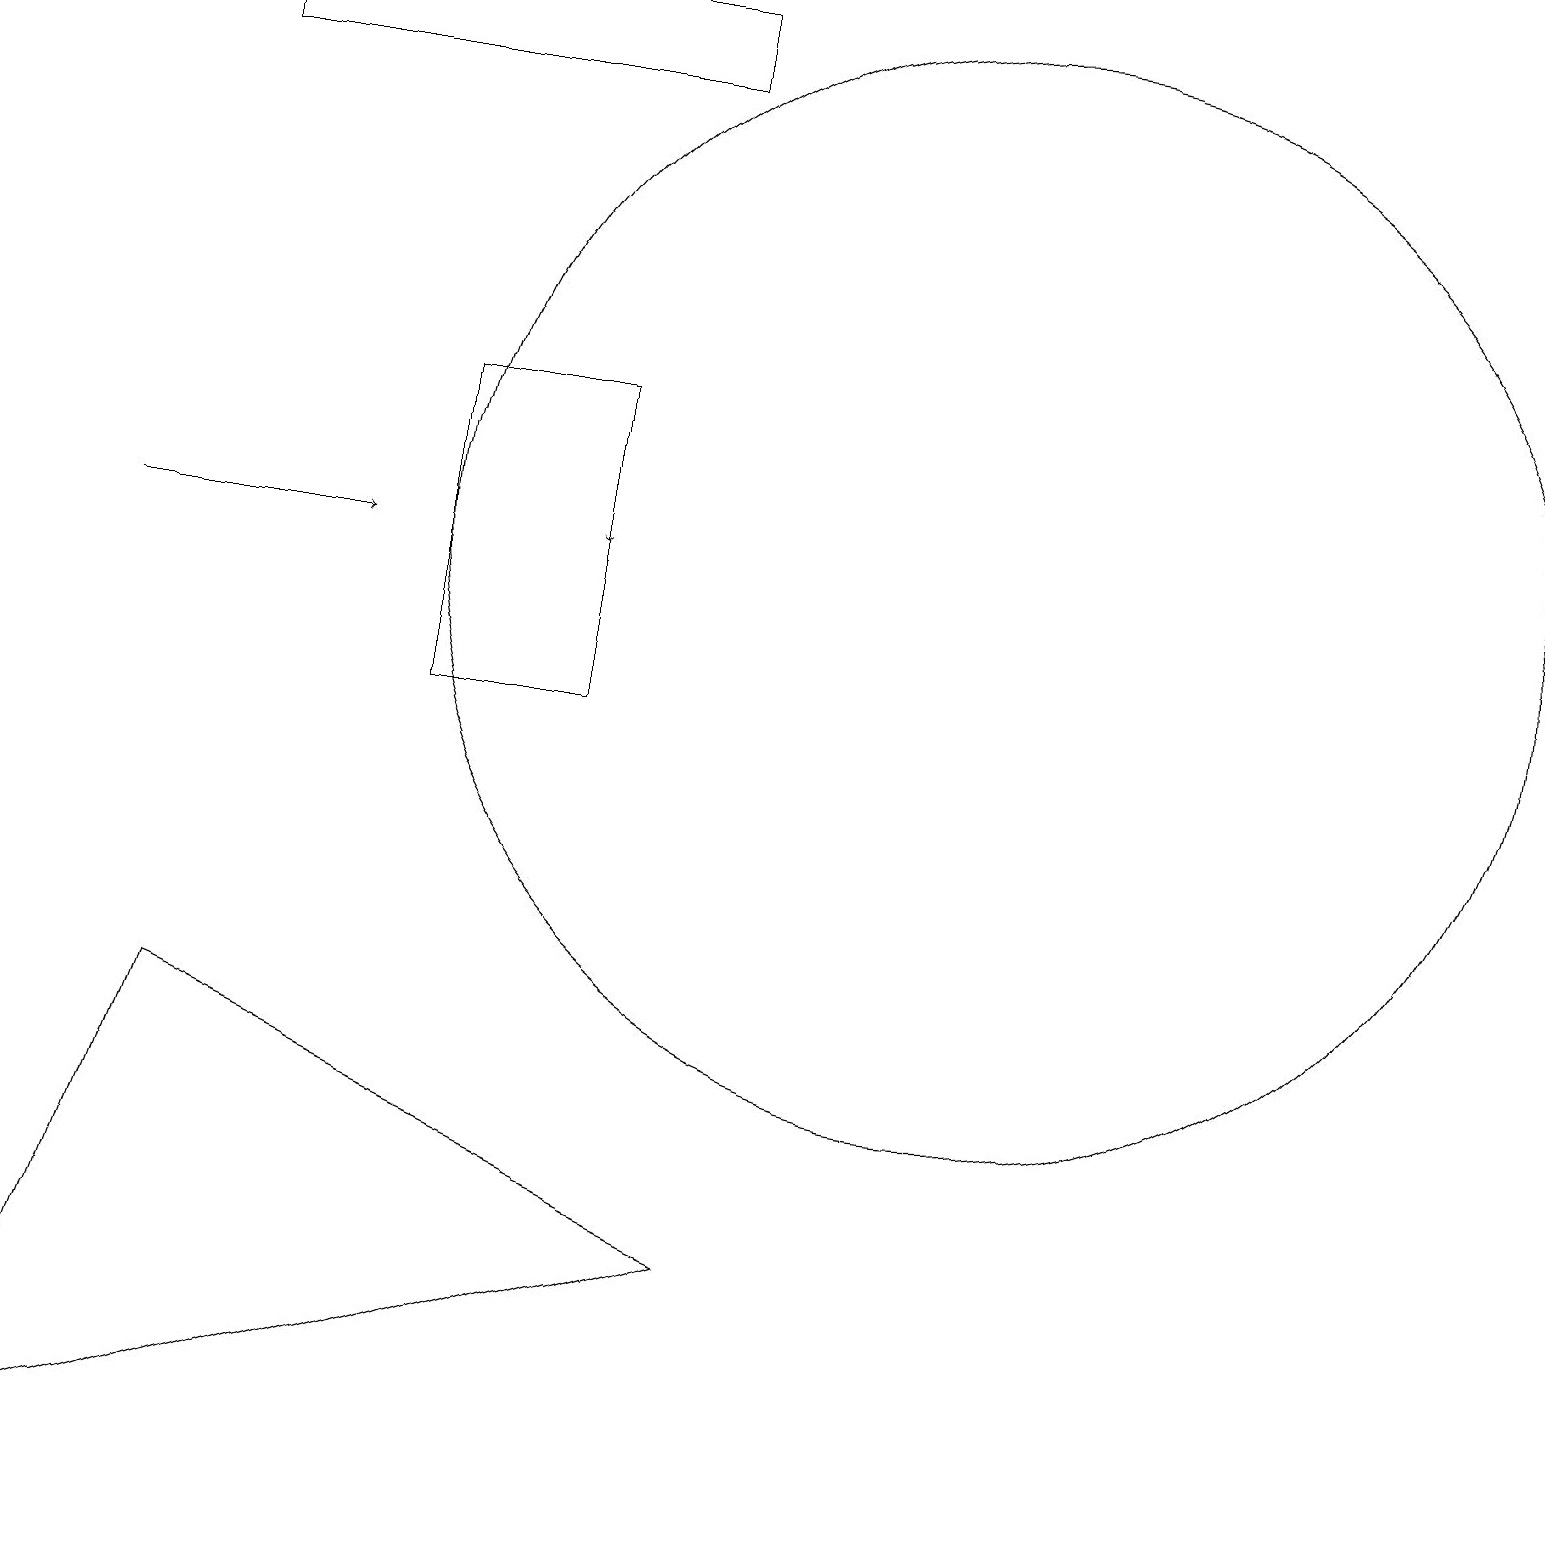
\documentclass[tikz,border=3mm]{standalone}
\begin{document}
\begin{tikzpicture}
\draw[->] (7,14) -- (7,12);
\draw (12,12) circle (7);
\draw (8,18) rectangle (2,19);
\draw (0,0) -- (2,6) -- (9,3) -- cycle;
\draw (5,10) rectangle (7,14);
\draw[->] (1,12) -- (4,12);
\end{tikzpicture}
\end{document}